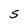
Character: S